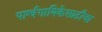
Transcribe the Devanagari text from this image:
पार्श्वगायिकेसाठीचा